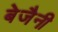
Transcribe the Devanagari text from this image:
बेजैनी